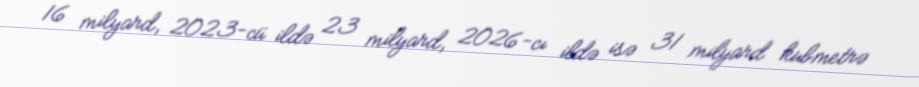
16 milyard, 2023-cü ildə 23 milyard, 2026-cı ildə isə 31 milyard kubmetrə